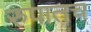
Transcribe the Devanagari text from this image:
रुपातच